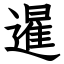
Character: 暹